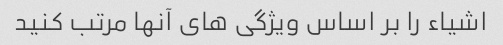
اشیاء را بر اساس ویژگی های آنها مرتب کنید